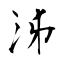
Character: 泲